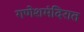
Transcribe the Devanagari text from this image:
गणेशमंदिरात